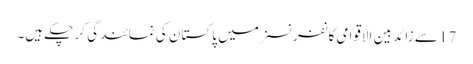
17 سے زائد بین الاقوامی کانفرنسزمیں پاکستان کی نمائندگی کر چکے ہیں۔